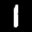
Label: 1